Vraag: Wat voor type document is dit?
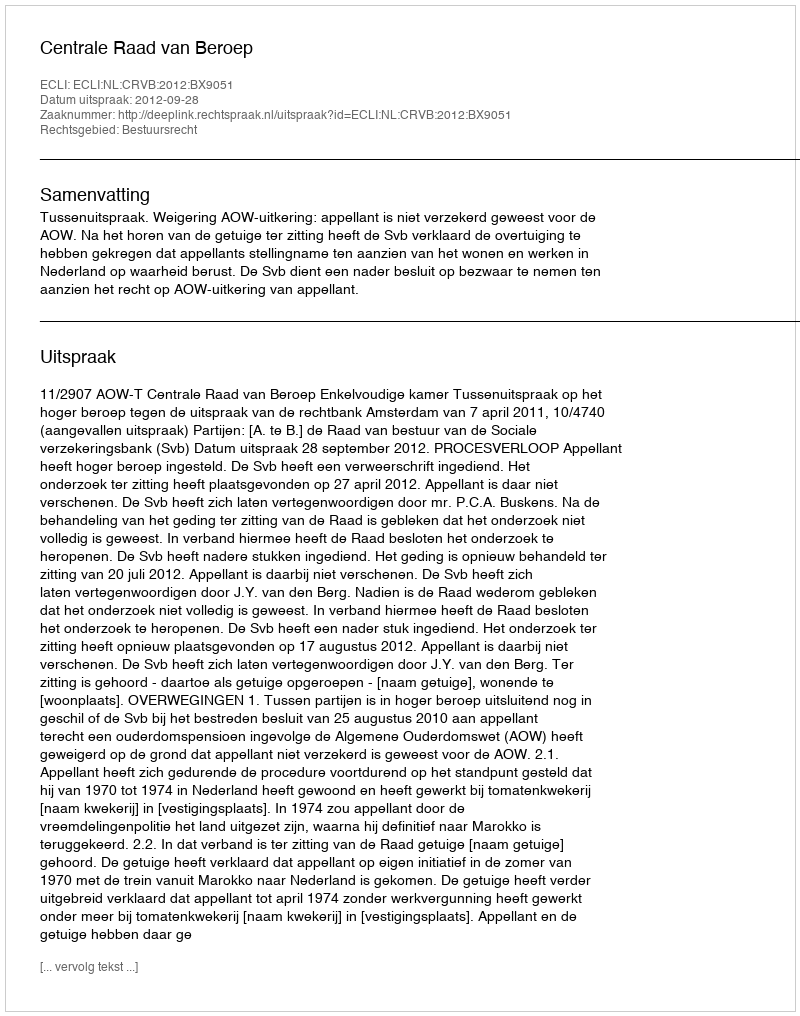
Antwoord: Uitspraak